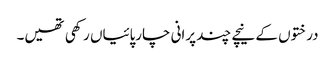
درختوں کے نیچے چند پرانی چارپائیاں رکھی تھیں۔